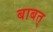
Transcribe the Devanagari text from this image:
बाबत्